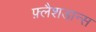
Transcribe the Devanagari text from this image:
फ़्लैशडान्स